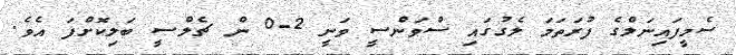
ސެމީފައިނަލްގެ ފުރަތަމަ ލެގުގައި ސްވަންސީ ވަނީ 2-0 ން ޗެލްސީ ބަލިކޮށްފަ އެވެ.